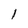
Character: 1